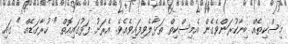
މިސްކިތެއް ބިނާކުރަންވެގެން އެމިސްކިތް ތަޅާލެވިފައިވެއެވެ. އެރަށު ފަޅުގައިއޮތް " ހުރާގަޑެއް " ގައި